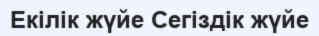
Екiлiк жүйе Сегiздiк жүйе